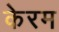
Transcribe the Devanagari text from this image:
केरम